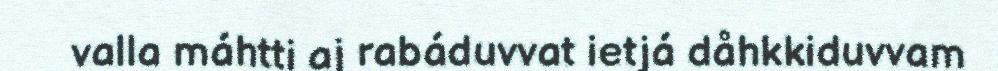
valla máhtti aj rabáduvvat ietjá dåhkkiduvvam